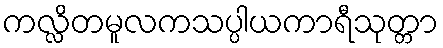
ကလ္လိတမူလကသပ္ပါယကာရီသုတ္တာ